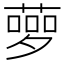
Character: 𦻸